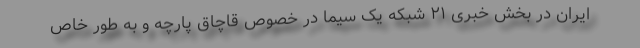
ایران در بخش خبری ۲۱ شبکه یک سیما در خصوص قاچاق پارچه و به طور خاص